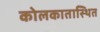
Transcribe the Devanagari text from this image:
कोलकातास्थित